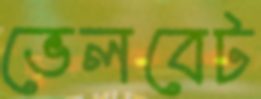
ভেলবেট